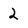
Character: 2